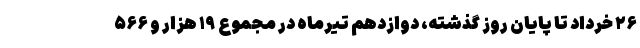
۲۶ خرداد تا پایان روز گذشته، دوازدهم تیرماه در مجموع ۱۹ هزار و ۵۶۶